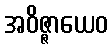
အဝိဇ္ဇာယေဝ